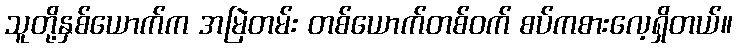
သူတို့နှစ်ယောက်က အမြဲတမ်း တစ်ယောက်တစ်ဝက် စပ်ကစားလေ့ရှိတယ်။